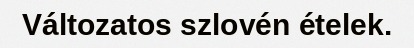
Változatos szlovén ételek.